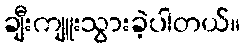
ချီးကျူးသွားခဲ့ပါတယ်။